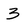
Character: 3